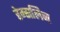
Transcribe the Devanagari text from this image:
हेम्सलिन